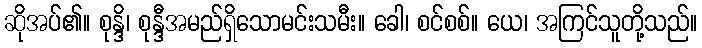
ဆိုအပ်၏။ စုန္ဒိ၊ စုန္ဒီအမည်ရှိသောမင်းသမီး။ ခေါ၊ စင်စစ်။ ယေ၊ အကြင်သူတို့သည်။